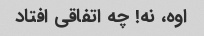
اوه، نه! چه اتفاقی افتاد